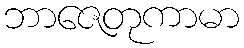
ဘာဇေတုကာမာ